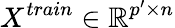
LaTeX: X^{train}\in\mathbb{R}^{p^{\prime}\times n}